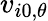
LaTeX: v_{i0,\theta}